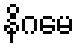
နိဂမေ